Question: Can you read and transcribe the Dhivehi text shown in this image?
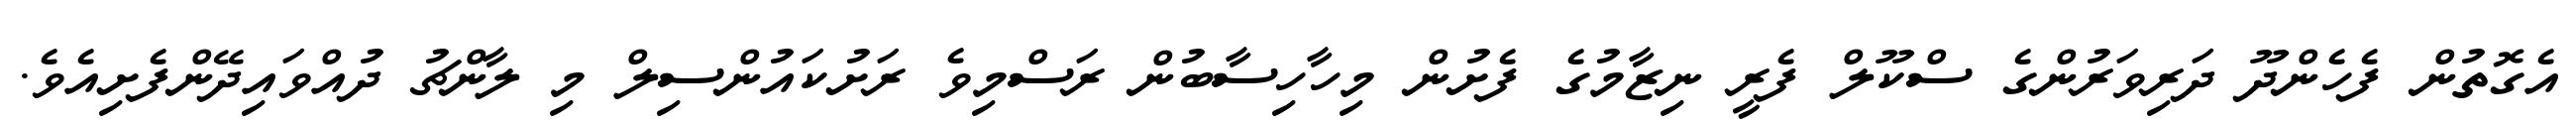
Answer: އެގޮތުން ފެހެންދޫ ދަރިވަރުންގެ ސްކޫލް ފެރީ ނިޒާމުގެ ފެށުން މިހާހިސާބުން ރަސްމިވެ ރަށުކައުންސިލް މި ލާންޗު ދުއްވައިދޭންފެށިއެވެ.